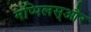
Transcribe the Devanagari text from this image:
मप्पिलस्और